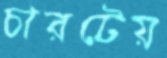
চারটেয়